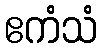
ဧကံသံ